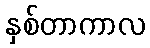
နှစ်တာကာလ